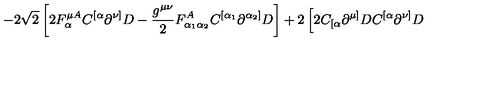
\left. - 2 \sqrt { 2 } \left[ 2 F _ { \alpha } ^ { \mu A } C ^ { [ \alpha } \partial ^ { \nu ] } D - \frac { g ^ { \mu \nu } } { 2 } F _ { \alpha _ { 1 } \alpha _ { 2 } } ^ { A } C ^ { [ \alpha _ { 1 } } \partial ^ { \alpha _ { 2 } ] } D \right] + 2 \left[ 2 C _ { [ \alpha } \partial ^ { \mu ] } D C ^ { [ \alpha } \partial ^ { \nu ] } D \right. \right.